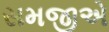
સમજીએ